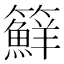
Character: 䉳